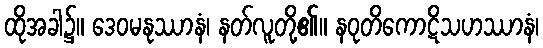
ထိုအခါ၌။ ဒေဝမနုဿာနံ၊ နတ်လူတို့၏။ နဝုတိကောဋိသဟဿာနံ၊